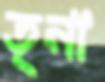
তৃনা